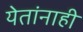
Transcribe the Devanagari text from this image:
येतांनाही